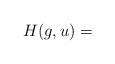
LaTeX: \begin{align*}H (g, u) = \end{align*}